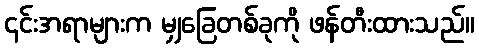
၎င်းအရာများက မျှခြေတစ်ခုကို ဖန်တီးထားသည်။